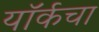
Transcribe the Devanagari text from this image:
यॉर्कचा